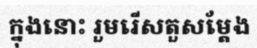
ក្នុងនោះ រួមរើសតួសម្តែង